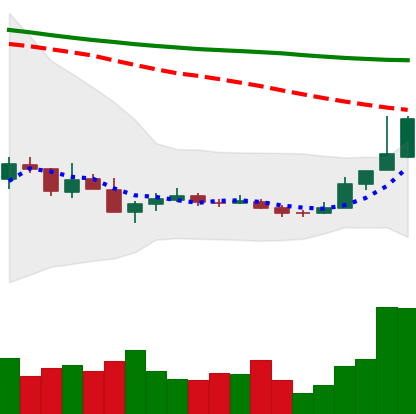
Ticker: TRX-USD
Chart end date: 2018-12-20
Forward return: 15.088%
Label: up_7plus